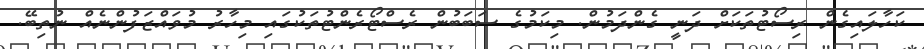
ކަހާލައިގެން ރިސޯޓުތަކަށް ދަނީ ގެންދަމުން. މިކަމުގެ ސަބަބުން ރެސްޓޯރެންޓުތަކުގައި މިހާރު މުވައްޒަފުންނެއް ނުތިބޭ.